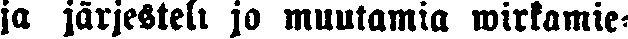
ja järjesteli jo muutamia wirkamie-